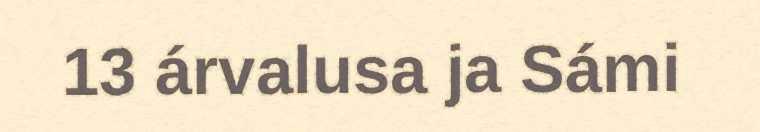
13 árvalusa ja Sámi